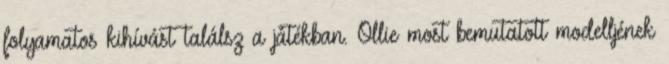
folyamatos kihívást találsz a játékban. Ollie most bemutatott modelljének